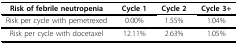
<table><thead><tr><td><b>Risk of febrile neutropenia</b></td><td><b>Cycle 1</b></td><td><b>Cycle 2</b></td><td><b>Cycle 3+</b></td></tr></thead><tbody><tr><td>Risk per cycle with pemetrexed</td><td>0.00%</td><td>1.55%</td><td>1.04%</td></tr><tr><td>Risk per cycle with docetaxel</td><td>12.11%</td><td>2.63%</td><td>1.05%</td></tr></tbody></table>